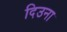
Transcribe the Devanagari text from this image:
दिउना